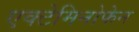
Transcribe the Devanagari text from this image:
एक्टेमिनोफेन